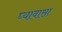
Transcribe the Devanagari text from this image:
घ्यावासा